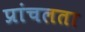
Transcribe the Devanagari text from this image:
प्रांचलता